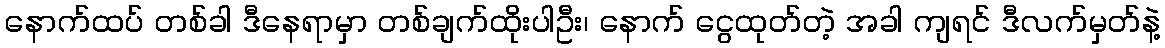
နောက်ထပ် တစ်ခါ ဒီနေရာမှာ တစ်ချက်ထိုးပါဦး၊ နောက် ငွေထုတ်တဲ့ အခါ ကျရင် ဒီလက်မှတ်နဲ့